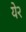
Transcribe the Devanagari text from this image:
ये२